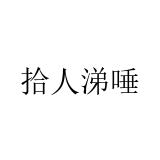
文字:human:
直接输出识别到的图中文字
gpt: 拾人涕唾